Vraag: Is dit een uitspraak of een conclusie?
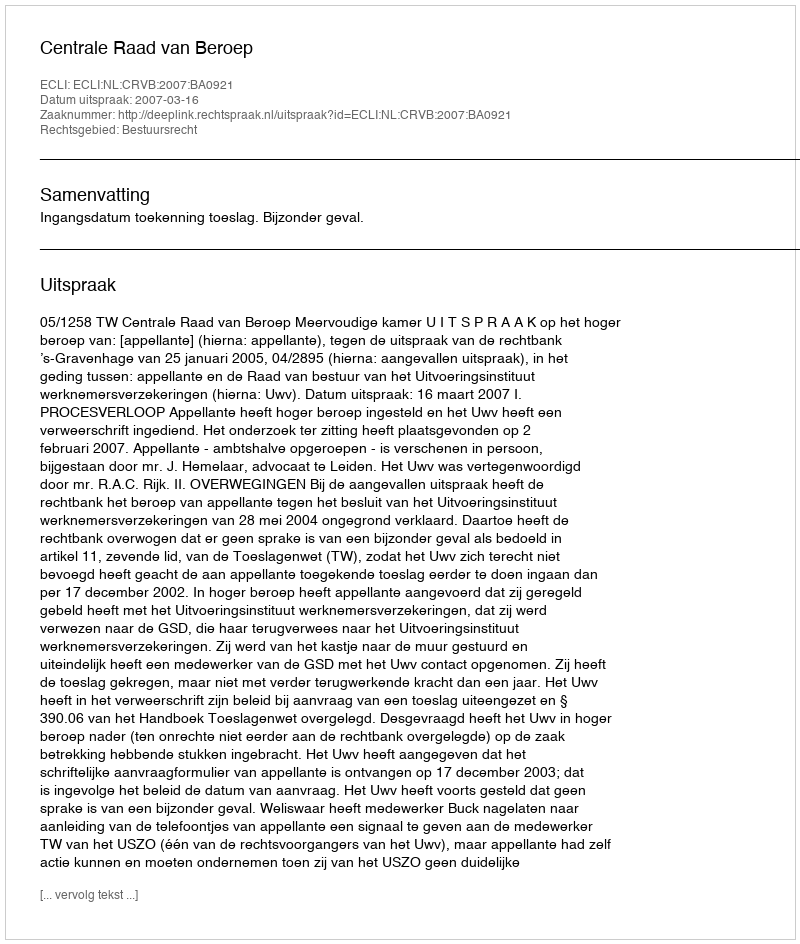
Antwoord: Uitspraak